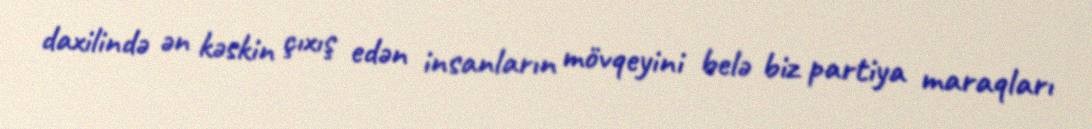
daxilində ən kəskin çıxış edən insanların mövqeyini belə biz partiya maraqları